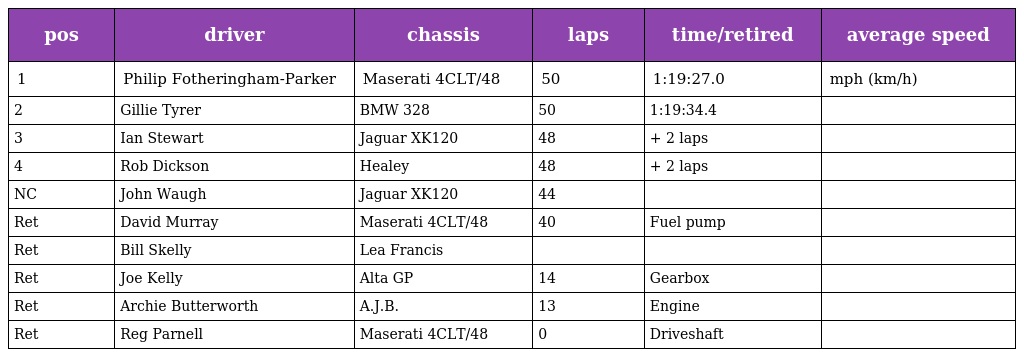
| pos | driver | chassis | laps | time/retired | average speed |
 | --- | --- | --- | --- | --- | --- |
 | 1 | Philip Fotheringham-Parker | Maserati 4CLT/48 | 50 | 1:19:27.0 | mph (km/h) |
 | 2 | Gillie Tyrer | BMW 328 | 50 | 1:19:34.4 |  |
 | 3 | Ian Stewart | Jaguar XK120 | 48 | + 2 laps |  |
 | 4 | Rob Dickson | Healey | 48 | + 2 laps |  |
 | NC | John Waugh | Jaguar XK120 | 44 |  |  |
 | Ret | David Murray | Maserati 4CLT/48 | 40 | Fuel pump |  |
 | Ret | Bill Skelly | Lea Francis |  |  |  |
 | Ret | Joe Kelly | Alta GP | 14 | Gearbox |  |
 | Ret | Archie Butterworth | A.J.B. | 13 | Engine |  |
 | Ret | Reg Parnell | Maserati 4CLT/48 | 0 | Driveshaft |  |